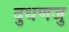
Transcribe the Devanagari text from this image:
दुधणजु